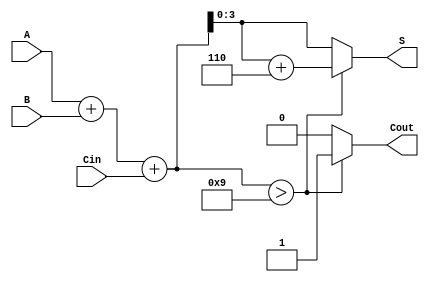
module BCD_Adder (
    input  [3:0] A,      // First BCD digit
    input  [3:0] B,      // Second BCD digit
    input        Cin,     // Carry-in
    output reg [3:0] S,   // BCD Sum
    output reg Cout       // Carry-out
);

    wire [4:0] Temp_Sum; // 5-bit to accommodate carry
    wire correction_needed;

    // Calculate the initial binary sum
    assign Temp_Sum = A + B + Cin;

    // Determine if correction is needed (Temp_Sum > 9)
    assign correction_needed = Temp_Sum > 9;

    always @(*) begin
        if (correction_needed) begin
            S = Temp_Sum + 4'b0110; // Add 6 for BCD correction
            Cout = 1;                // Set carry-out
        end else begin
            S = Temp_Sum[3:0];       // No correction needed
            Cout = 0;                // No carry-out
        end
    end

endmodule